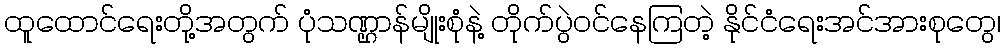
ထူထောင်ရေးတို့အတွက် ပုံသဏ္ဌာန်မျိုးစုံနဲ့ တိုက်ပွဲဝင်နေကြတဲ့ နိုင်ငံရေးအင်အားစုတွေ၊